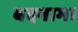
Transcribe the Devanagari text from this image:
बदनाम।